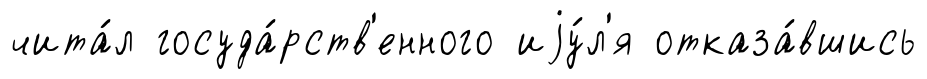
чита́л госуда́рств'енного иjу́л'я отказа́вшись